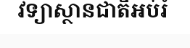
វិទ្យាស្ថានជាតិអប់រំ